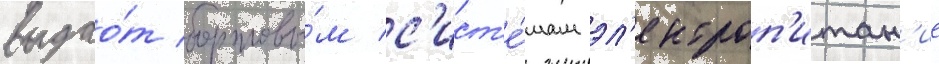
выдао́т бортовы́м с'ист'е́мам эл'ектроп'итан'ие